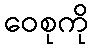
ဝေစုကို